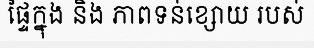
ផ្ទៃក្នុង និង ភាពទន់ខ្សោយ របស់